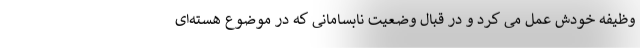
وظیفه خودش عمل می کرد و در قبال وضعیت نابسامانی که در موضوع هسته‌ای